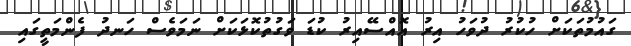
ގައުމުތަކަށް ހުކުރު ދުވަހު އިރު އޮއްސޭއިރު ކުޑަ ވަގުތުކޮޅަކަށް ނަމަވެސް ހަނދު ފެންމަތީގައި